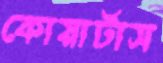
কোয়ার্টাস